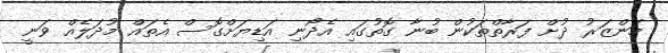
މަންޒަރު ދުށް ފަރާތްތަކުން ބުނާ ގޮތުގައި އެދޯނި އަޑިޔަށްގޮސް އެތައް މުދަލެއް ވަނީ